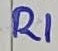
Text: R1